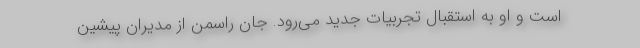
است و او به استقبال تجربیات جدید می‌رود. جان راسمن از مدیران پیشین